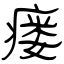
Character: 瘘